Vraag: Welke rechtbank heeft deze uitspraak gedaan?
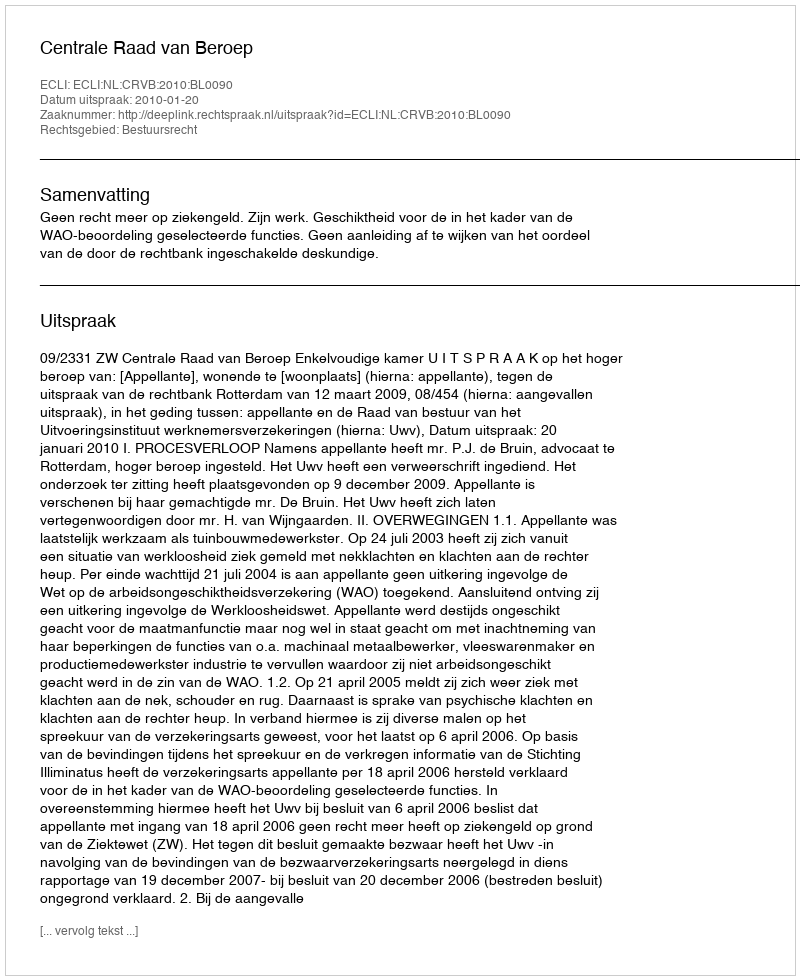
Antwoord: Centrale Raad van Beroep